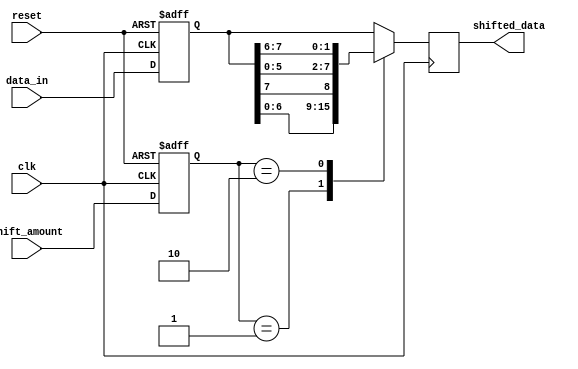
module barrel_shifter(
    input wire clk,
    input wire reset,
    input wire [3:0] shift_amount,
    input wire [7:0] data_in,
    output reg [7:0] shifted_data
);

reg [3:0] shift_reg;
reg [7:0] data_reg;

always @(posedge clk or posedge reset) begin
    if (reset) begin
        shift_reg <= 4'b0000;
        data_reg <= 8'b00000000;
    end else begin
        shift_reg <= shift_amount;
        data_reg <= data_in;
    end
end

always @(posedge clk) begin
    case(shift_reg)
        4'b0000: shifted_data <= data_reg;
        4'b0001: shifted_data <= {data_reg[6:0], data_reg[7]};
        4'b0010: shifted_data <= {data_reg[5:0], data_reg[7:6]};
        // Add more cases for additional stages of shifting as needed
        default: shifted_data <= data_reg;
    endcase
end

endmodule